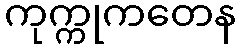
ကုက္ကုကတေန